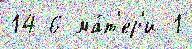
14 6 ма́т'ер'и 1